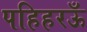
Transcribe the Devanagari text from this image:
पहिहरऊँ